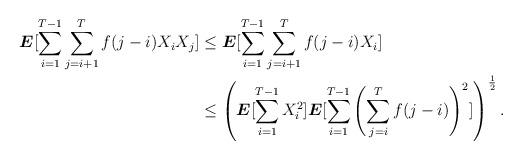
LaTeX: \begin{align*}\boldsymbol{E}[\sum_{i=1}^{T-1} \sum_{j=i+1}^T f(j-i) X_i X_j] &\leq \boldsymbol{E}[\sum_{i=1}^{T-1} \sum_{j=i+1}^T f(j-i) X_i]\\&\leq \left(\boldsymbol{E}[\sum_{i=1}^{T-1} X_i^2]\boldsymbol{E}[\sum_{i=1}^{T-1} \left(\sum_{j=i}^T f(j-i)\right)^2 ] \right)^\frac{1}{2}.\end{align*}